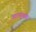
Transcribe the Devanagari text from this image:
ज्वरबुखार